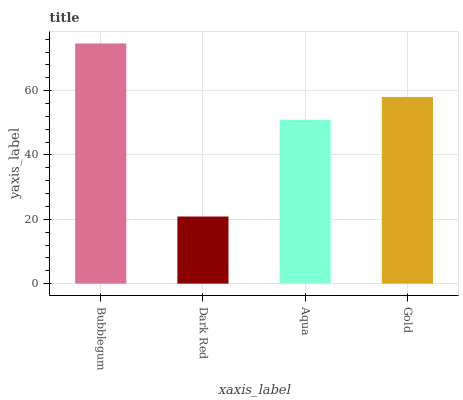
| xaxis_label | bars |
 | --- | --- |
 | Bubblegum | 74.6 |
 | Dark Red | 20.9 |
 | Aqua | 50.9 |
 | Gold | 58 |